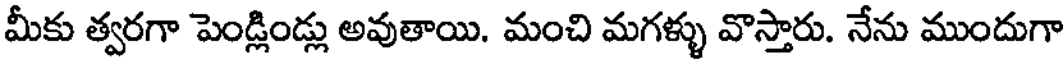
మీకు త్వరగా పెండ్లిండ్లు అవుతాయి. మంచి మగళ్ళు వొస్తారు. నేను ముందుగా